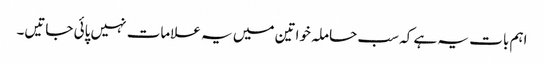
اہم بات یہ ہے کہ سب حاملہ خواتین میں یہ علامات نہیں پائی جاتیں۔